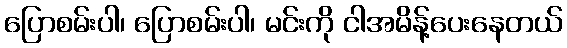
ပြောစမ်းပါ၊ ပြောစမ်းပါ၊ မင်းကို ငါအမိန့်ပေးနေတယ်